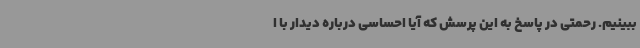
ببینیم. رحمتی در پاسخ به این پرسش که آیا احساسی درباره دیدار با ا